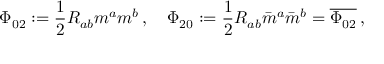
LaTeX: \Phi _ { 0 2 } : = { \frac { 1 } { 2 } } R _ { a b } m ^ { a } m ^ { b } \, , \quad \Phi _ { 2 0 } : = { \frac { 1 } { 2 } } R _ { a b } { \bar { m } } ^ { a } { \bar { m } } ^ { b } = { \overline { { \Phi _ { 0 2 } } } } \, ,